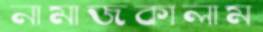
নামাজকালাম